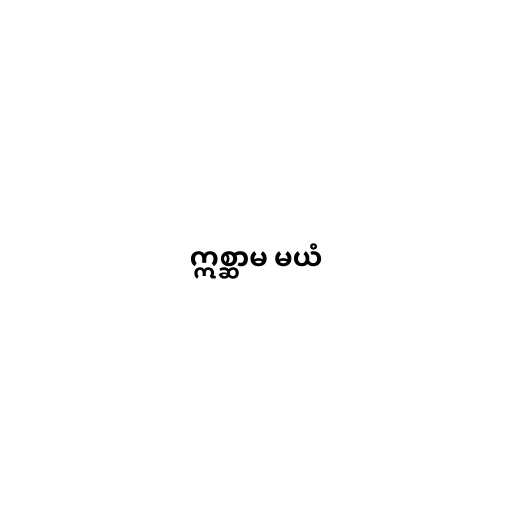
ဣစ္ဆာမ မယံ